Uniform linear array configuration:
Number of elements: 16
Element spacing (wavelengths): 0.5
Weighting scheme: hann
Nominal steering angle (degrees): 45
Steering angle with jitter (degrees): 43.869
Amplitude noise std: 0.05
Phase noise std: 0.05

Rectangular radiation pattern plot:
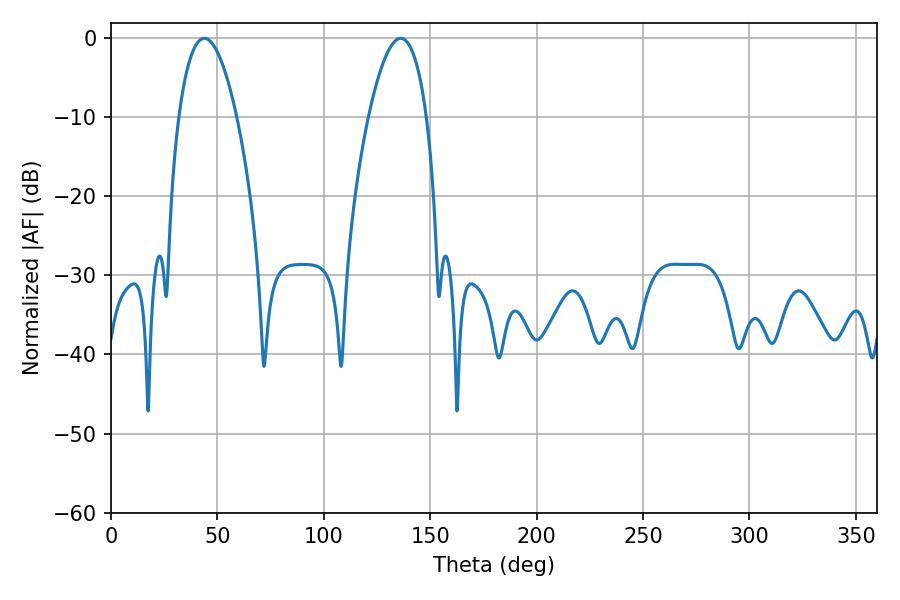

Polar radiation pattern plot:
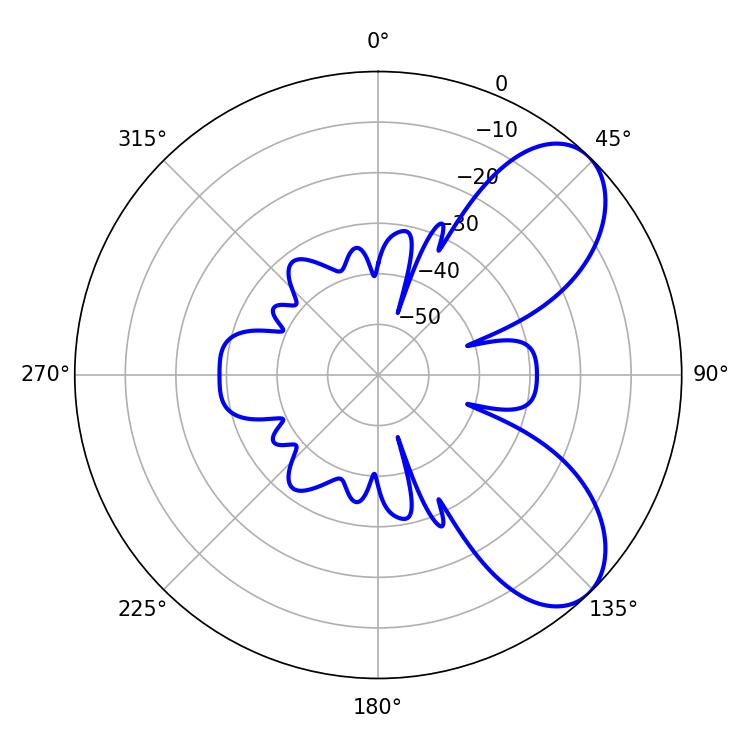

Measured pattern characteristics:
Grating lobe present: FALSE
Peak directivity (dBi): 7.066
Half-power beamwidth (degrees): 15.12
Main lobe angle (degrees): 43.92